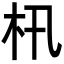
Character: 㭄